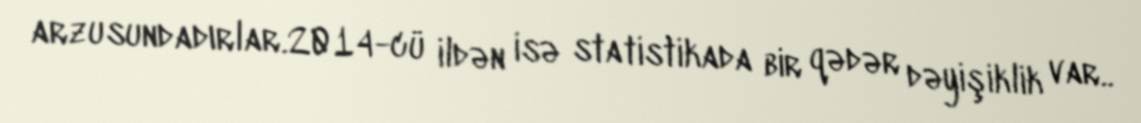
arzusundadırlar.2014-cü ildən isə statistikada bir qədər dəyişiklik var..